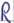
Text: R